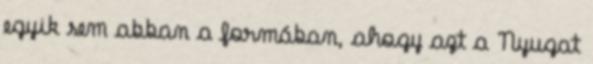
egyik sem abban a formában, ahogy azt a Nyugat